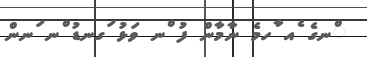
ްނގެ ެއ ާހމެ ނާމާން ފު ްނ ވަޅު ަގނޑު ްނ ަނން